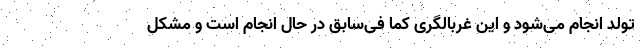
تولد انجام می‌شود و این غربالگری کما فی‌سابق در حال انجام است و مشکل